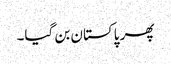
پھر پاکستان بن گیا۔